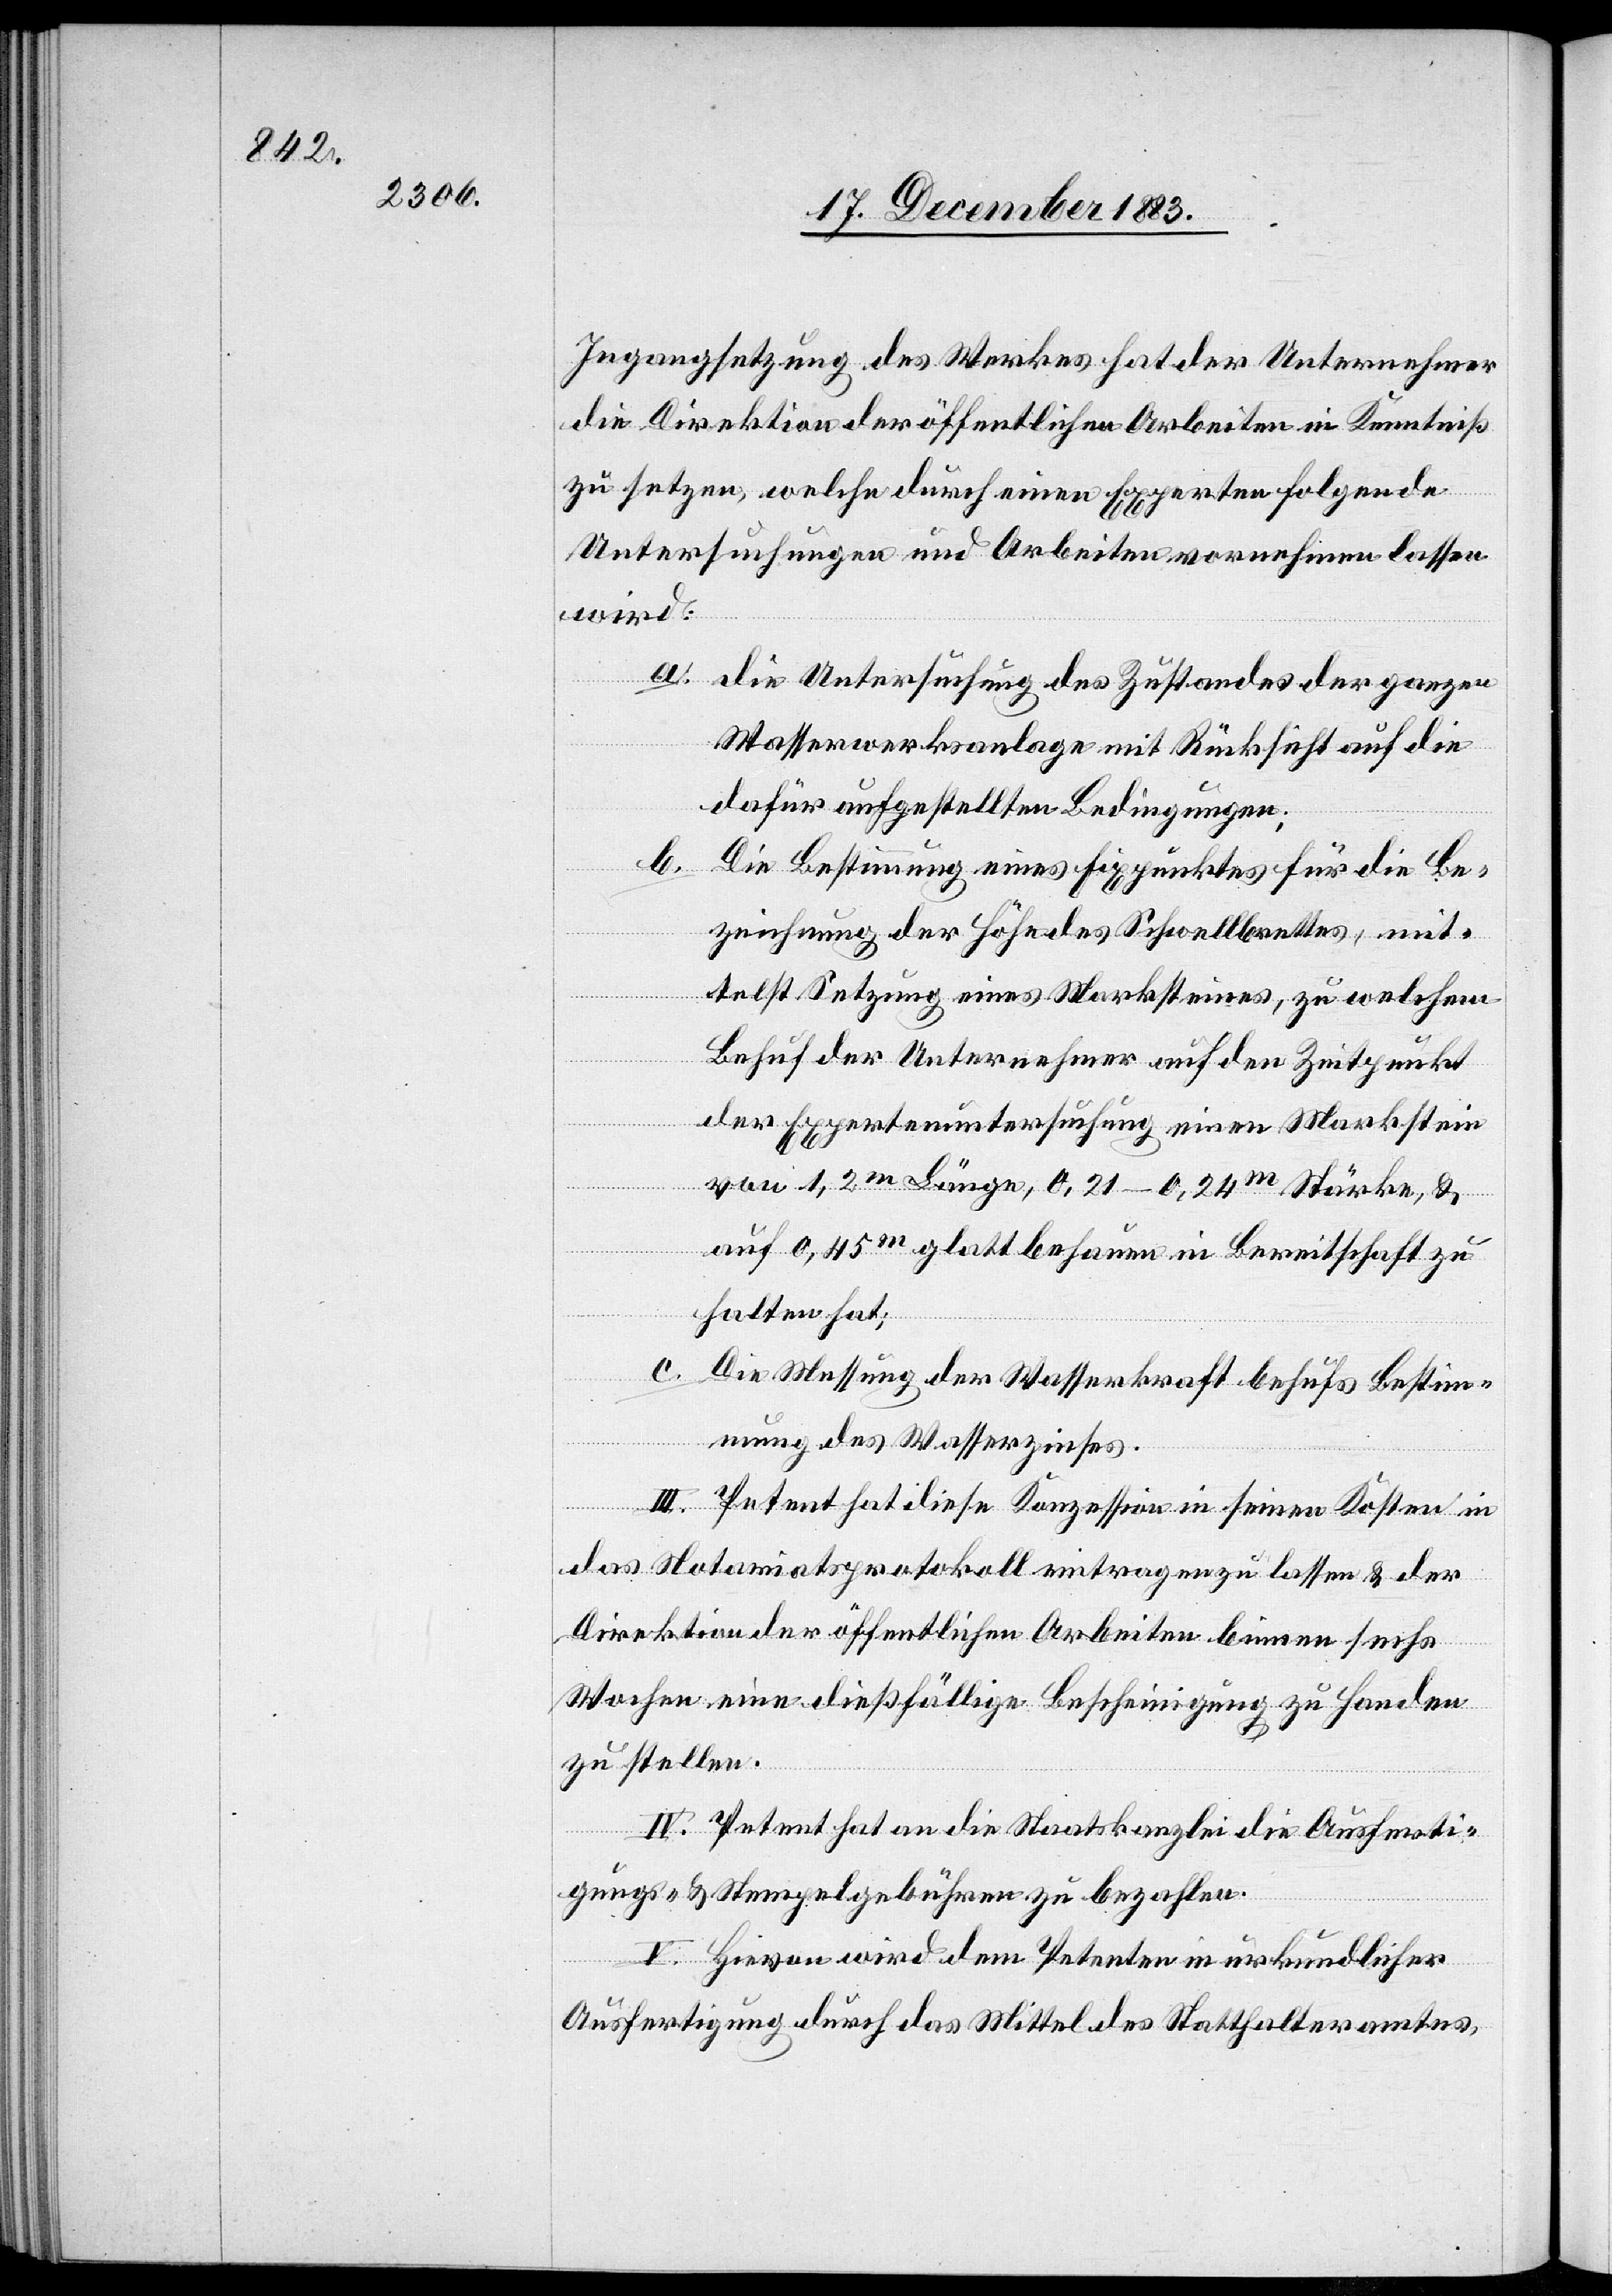
Ingangsetzung des Werkes hat der Unternehmer
die Direktion der öffentlichen Arbeiten in Kenntniß
zu setzen, welche durch einen Experten folgende
Untersuchungen und Arbeiten vornehmen lassen
wird:
a. die Untersuchung des Zustandes der ganzen
Wasserwerksanlage mit Rücksicht auf die
dafür aufgestellten Bedingungen;
b. Die Bestimmung eines Fixpunktes für die Be¬
zeichnung der Höhe des Schwellbrettes, mit¬
telst Setzung eines Marksteines, zu welchem
Behuf der Unternehmer auf den Zeitpunkt
der Expertenuntersuchung einen Markstein
von 1,2m Länge, 0,21–0,24m Stärke, &
auf 0,45m glatt behauen in Bereitschaft zu
halten hat;
c. Die Messung der Wasserkraft behufs Bestimm¬
ung des Wasserzinses.
III. Petent hat diese Konzession in seinen Kosten in
das Notariatsprotokoll eintragen zu lassen & der
Direktion der öffentlichen Arbeiten binnen sechs
Wochen eine dießfällige Bescheinigung zu Handen
zu stellen.
IV. Petent hat an die Staatskanzlei die Ausferti¬
gungs- & Stempelgebühren zu bezahlen.
V. Hievon wird dem Petenten in urkundlicher
Ausfertigung durch das Mittel des Statthalteramtes,